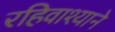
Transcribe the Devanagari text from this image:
रहिवाश्याने